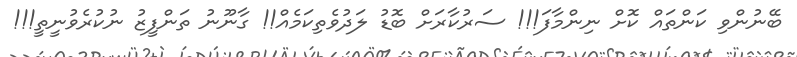
ބޭނުންވި ކަންތައް ކޮށް ނިންމާފަ!!! ސަރުކާރަށް ބޮޑު ލަދުވެތިކަމެއް!! ގާނޫނު ތަންފީޒު ނުކުރެވުނީތީ!!!